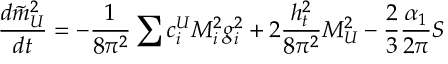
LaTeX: \frac { d \tilde { m } _ { U } ^ { 2 } } { d t } = - \frac 1 { 8 \pi ^ { 2 } } \sum { c _ { i } ^ { U } M _ { i } ^ { 2 } g _ { i } ^ { 2 } } + 2 \frac { h _ { t } ^ { 2 } } { 8 \pi ^ { 2 } } { \cal M } _ { U } ^ { 2 } - \frac 2 3 \frac { \alpha _ { 1 } } { 2 \pi } S \nonumber